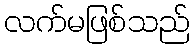
လက်မဖြစ်သည်